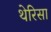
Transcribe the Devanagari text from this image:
थेरिसा